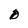
Character: D